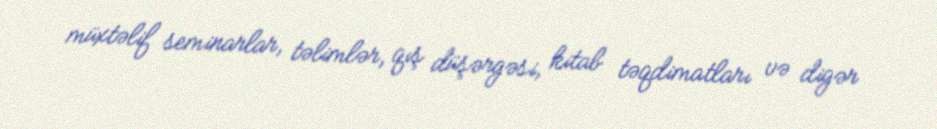
müxtəlif seminarlar, təlimlər, qış düşərgəsi, kitab təqdimatları və digər